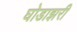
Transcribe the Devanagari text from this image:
घोडाझरी